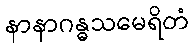
နာနာဂန္ဓသမေရိတံ